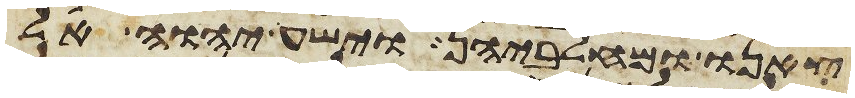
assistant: צאנו ומחלביהן וישע יהוה אל